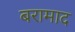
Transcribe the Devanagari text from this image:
बरामाद